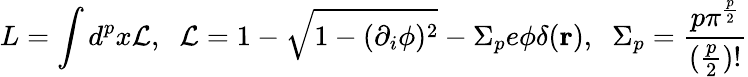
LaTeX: L=\int d^{p}x{\cal L},\; \; {\cal L}=1-\sqrt{1-(\partial_{i}\phi)^{2}}-\Sigma_{p}e\phi\delta({\mathbf r}),\; \; \Sigma_{p}=\frac{p\pi^{\frac{p}{2}}}{(\frac{p}{2})!}